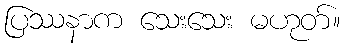
ပြဿနာက သေးသေး မဟုတ်။